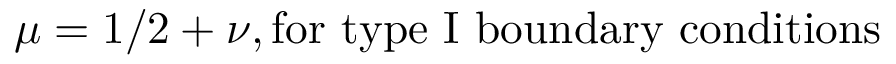
\mu = 1 / 2 + \nu , \mathrm { f o r ~ t y p e ~ I ~ b o u n d a r y ~ c o n d i t i o n s }